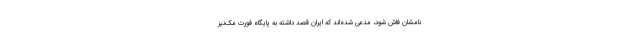
نامشان فاش شود، مدعی شده‌اند که ایران قصد داشته به پایگاه فورت مک‌نیز